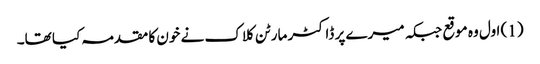
(1) اول وہ موقع جبکہ میرے پر ڈاکٹر مارٹن کلاک نے خون کا مقدمہ کیا تھا۔